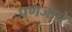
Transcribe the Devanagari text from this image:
पणजाचे